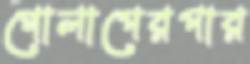
গোলাপেরপার